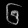
Digit: ၆